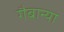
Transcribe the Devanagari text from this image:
गैबान्या